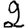
Digit: 2